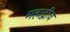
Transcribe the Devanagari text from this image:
महाद्वीव